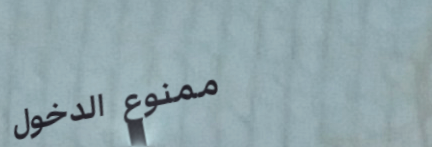
ممنوع الدخول